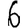
Digit: 6